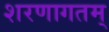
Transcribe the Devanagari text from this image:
शरणागतम्‌